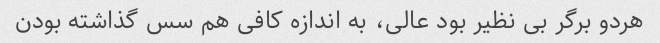
هردو برگر بی نظیر بود عالی، به اندازه کافی هم سس گذاشته بودن